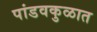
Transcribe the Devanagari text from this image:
पांडवकुळात